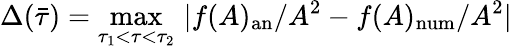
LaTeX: \Delta(\bar{\tau})=\operatorname*{max}_{\tau_{1}<\tau<\tau_{2}}\, |f(A)_{\mathrm{an}}/A^{2}-f(A)_{\mathrm{num}}/A^{2}|